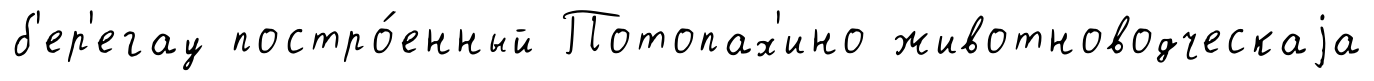
б'ер'егау постро́енный Потопах'ино животноводческаjа